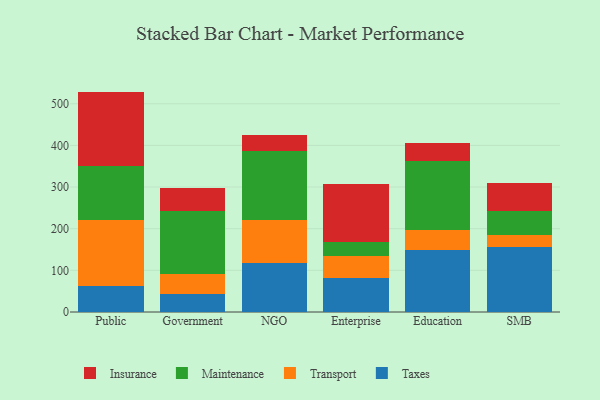
{"axis": {"x": "Segment", "y": "Production Output"}, "legend": ["Insurance", "Maintenance", "Taxes", "Transport"], "data": [{"x": "Public", "y": 61.8, "type": "Taxes"}, {"x": "Public", "y": 160.2, "type": "Transport"}, {"x": "Public", "y": 128.9, "type": "Maintenance"}, {"x": "Public", "y": 178.3, "type": "Insurance"}, {"x": "Government", "y": 43.5, "type": "Taxes"}, {"x": "Government", "y": 47.0, "type": "Transport"}, {"x": "Government", "y": 152.5, "type": "Maintenance"}, {"x": "Government", "y": 55.5, "type": "Insurance"}, {"x": "NGO", "y": 116.5, "type": "Taxes"}, {"x": "NGO", "y": 104.0, "type": "Transport"}, {"x": "NGO", "y": 166.6, "type": "Maintenance"}, {"x": "NGO", "y": 37.8, "type": "Insurance"}, {"x": "Enterprise", "y": 82.2, "type": "Taxes"}, {"x": "Enterprise", "y": 51.2, "type": "Transport"}, {"x": "Enterprise", "y": 35.0, "type": "Maintenance"}, {"x": "Enterprise", "y": 139.5, "type": "Insurance"}, {"x": "Education", "y": 148.9, "type": "Taxes"}, {"x": "Education", "y": 49.2, "type": "Transport"}, {"x": "Education", "y": 164.7, "type": "Maintenance"}, {"x": "Education", "y": 42.5, "type": "Insurance"}, {"x": "SMB", "y": 155.4, "type": "Taxes"}, {"x": "SMB", "y": 29.9, "type": "Transport"}, {"x": "SMB", "y": 57.3, "type": "Maintenance"}, {"x": "SMB", "y": 67.3, "type": "Insurance"}]}